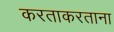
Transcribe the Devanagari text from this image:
करताकरताना